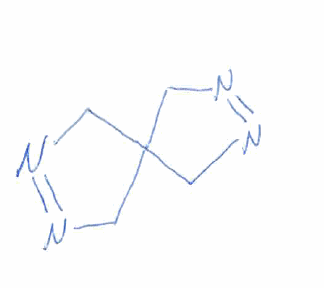
Simplified molecular-input line-entry system (SMILES) notation of the given molecule:
C1C2(CN=N1)CN=NC2